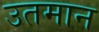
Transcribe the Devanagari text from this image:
उतमान